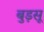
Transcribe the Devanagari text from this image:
बुड़सू